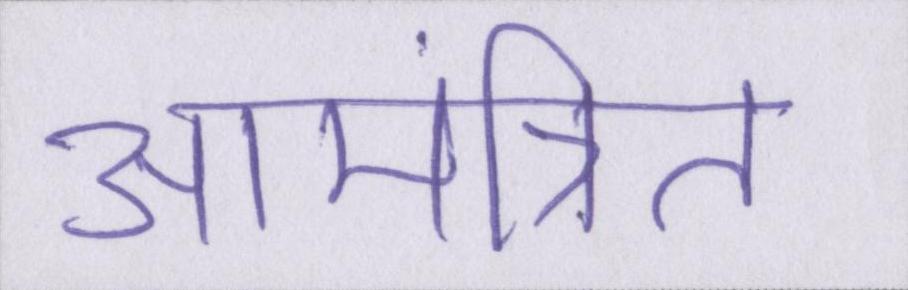
आमंत्रित